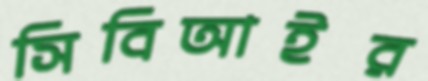
সিবিআইর